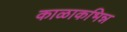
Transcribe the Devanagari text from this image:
काळाकभिन्न